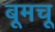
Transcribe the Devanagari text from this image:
बूमचू